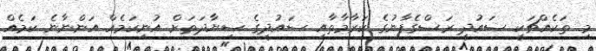
މި ތަކެއްޗަކީ ސައުދީ ރަސްގެފާނުގެ ކަރާމާތާއި ސައުދީގެ ސިޔާދަތަށް އުނިކަމެއް އަންނާނެ ކަމެއް